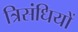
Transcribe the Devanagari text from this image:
त्रिसंधियों